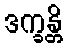
ဒက္ခန္တိ